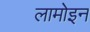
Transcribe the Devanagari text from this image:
लामोइन